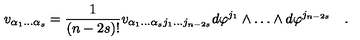
v _ { \alpha _ { 1 } \dots \alpha _ { s } } = { \frac { 1 } { ( n - 2 s ) ! } } v _ { \alpha _ { 1 } \dots \alpha _ { s } j _ { 1 } \dots j _ { n - 2 s } } d \varphi ^ { j _ { 1 } } \wedge \dots \wedge d \varphi ^ { j _ { n - 2 s } } \quad .